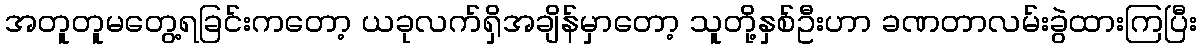
အတူတူမတွေ့ရခြင်းကတော့ ယခုလက်ရှိအချိန်မှာတော့ သူတို့နှစ်ဦးဟာ ခဏတာလမ်းခွဲထားကြပြီး